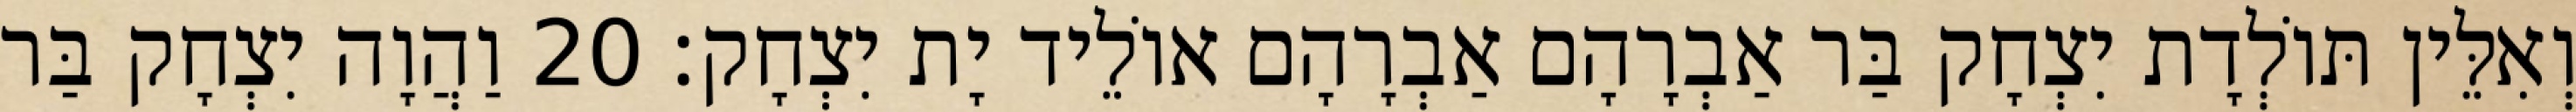
וְאִלֵּין תּוֹלְדָת יִצְחָק בַּר אַבְרָהָם אַבְרָהָם אוֹלֵיד יָת יִצְחָק׃ 20 וַהֲוָה יִצְחָק בַּר